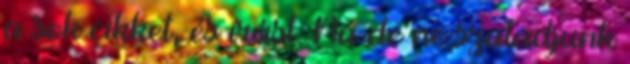
a sok cikket, és írást. Na de ne szaladjunk